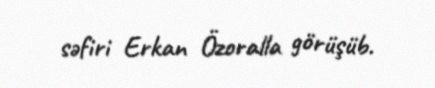
səfiri Erkan Özoralla görüşüb.